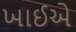
ખાઈએ